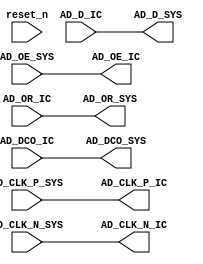
module adc_interface_ctrl
#(
    parameter P_COUNTER_ENABLE = 0
)
(
    input wire reset_n              ,

    output wire        AD_CLK_P_IC  ,
    output wire        AD_CLK_N_IC  ,
    input  wire [13:0] AD_D_IC      ,
    input  wire        AD_DCO_IC    ,
    output wire        AD_OE_IC     ,
    input  wire        AD_OR_IC     ,

    input  wire        AD_CLK_P_SYS ,
    input  wire        AD_CLK_N_SYS ,
    output wire [13:0] AD_D_SYS     ,
    output wire        AD_DCO_SYS   ,
    input  wire        AD_OE_SYS    ,
    output wire        AD_OR_SYS
);

    reg [13:0] counter;

    always@(posedge AD_CLK_P_SYS) begin
        if (!reset_n)
            counter <= 14'b0;
        else
            counter <= counter + 1'b1;
    end

    assign AD_CLK_P_IC = (P_COUNTER_ENABLE == 0) ? AD_CLK_P_SYS : 1'b0;
    assign AD_CLK_N_IC = (P_COUNTER_ENABLE == 0) ? AD_CLK_N_SYS : 1'b0;
    assign AD_D_SYS    = (P_COUNTER_ENABLE == 0) ? AD_D_IC : counter;
    assign AD_DCO_SYS  = (P_COUNTER_ENABLE == 0) ? AD_DCO_IC : AD_CLK_P_SYS;
    assign AD_OE_IC    = (P_COUNTER_ENABLE == 0) ? AD_OE_SYS : 1'b0;
    assign AD_OR_SYS   = (P_COUNTER_ENABLE == 0) ? AD_OR_IC : 1'b0;

endmodule